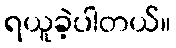
ရယူခဲ့ပါတယ်။